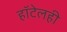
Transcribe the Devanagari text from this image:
हॉटेलही